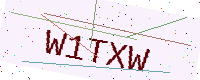
Text: W1TXW